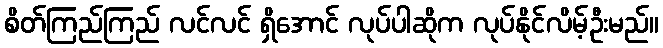
စိတ်ကြည်ကြည် လင်လင် ရှိအောင် လုပ်ပါဆိုက လုပ်နိုင်လိမ့်ဦးမည်။